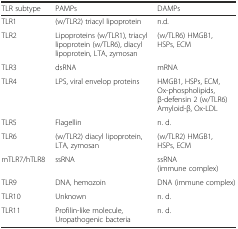
<table><thead><tr><td><b>TLR subtype</b></td><td><b>PAMPs</b></td><td><b>DAMPs</b></td></tr></thead><tbody><tr><td>TLR1</td><td>(w/TLR2) triacyl lipoprotein</td><td>n.d.</td></tr><tr><td>TLR2</td><td>Lipoproteins (w/TLR1), triacyl lipoprotein (w/TLR6), diacyl lipoprotein, LTA, zymosan</td><td>(w/TLR6) HMGB1, HSPs, ECM</td></tr><tr><td>TLR3</td><td>dsRNA</td><td>mRNA</td></tr><tr><td>TLR4</td><td>LPS, viral envelop proteins</td><td>HMGB1, HSPs, ECM, Ox-phospholipids, β-defensin 2 (w/TLR6) Amyloid-β, Ox-LDL</td></tr><tr><td>TLR5</td><td>Flagellin</td><td>n. d.</td></tr><tr><td>TLR6</td><td>(w/TLR2) diacyl lipoprotein, LTA, zymosan</td><td>(w/TLR2) HMGB1, HSPs, ECM</td></tr><tr><td>mTLR7/hTLR8</td><td>ssRNA</td><td>ssRNA (immune complex)</td></tr><tr><td>TLR9</td><td>DNA, hemozoin</td><td>DNA (immune complex)</td></tr><tr><td>TLR10</td><td>Unknown</td><td>n. d.</td></tr><tr><td>TLR11</td><td>Profilin-like molecule, Uropathogenic bacteria</td><td>n. d.</td></tr></tbody></table>